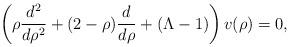
LaTeX: \begin{align*}\left( \rho \frac{d^2}{d\rho^2} + (2-\rho)\frac{d}{d\rho} + (\Lambda -1)\right) v(\rho) =0,\end{align*}